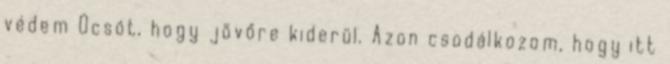
védem Ocsót, hogy jövőre kiderül. Azon csodálkozom, hogy itt